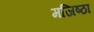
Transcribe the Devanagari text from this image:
मजिष्‍ठा